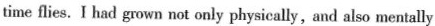
time flies. I had grown not only physically, and also mentally